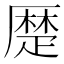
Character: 𠪴